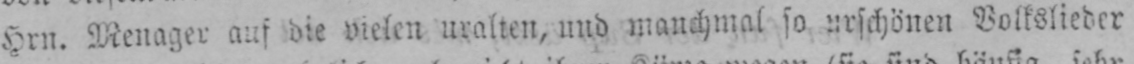
hrn. Menager auf die vielen uralten, und manchmal so urschönen Volkslieder